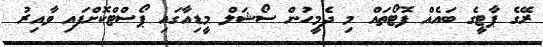
ރޭގެ ޕާޓީގެ ބައެއް ފޮޓޯތައް މި ދެމީހުން ސޯޝަލް މީޑިއާގައި ޕޯސްޓްކޮށްފައި ވާއިރު